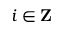
i \in \mathbf Z